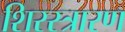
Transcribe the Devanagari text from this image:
शिरस्त्रारण